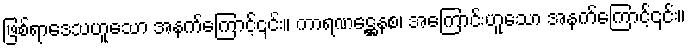
ဖြစ်ရာဒေသဟူသော အနက်ကြောင့်၎င်း။ ကာရဏဋ္ဌေနစ၊ အကြောင်းဟူသော အနက်ကြောင့်၎င်း။